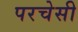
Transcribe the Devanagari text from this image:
परचेसी